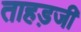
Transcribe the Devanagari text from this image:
ताहड़जी